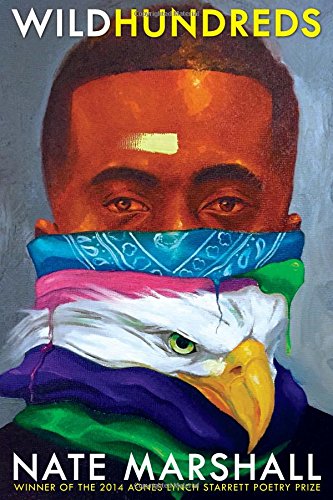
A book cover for Wild Hundreds (Pitt Poetry Series); Nate Marshall; Literature & Fiction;